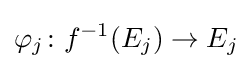
\varphi _{j}\colon f^{-1}(E_{j})\to E_{j}